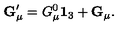
{ \bf G } _ { \mu } ^ { \prime } = G _ { \mu } ^ { 0 } { \bf 1 } _ { 3 } + { \bf G } _ { \mu } .